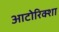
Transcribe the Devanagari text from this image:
आटोरिक्शा